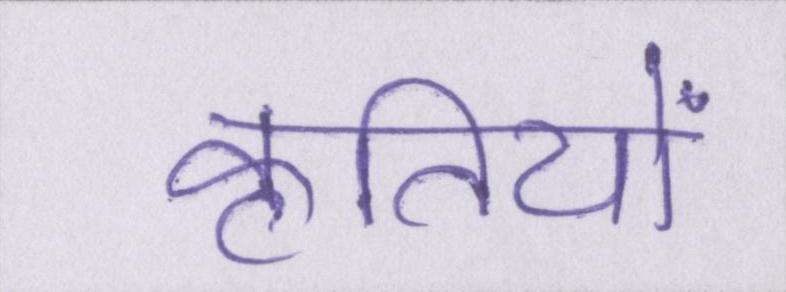
कृतियों